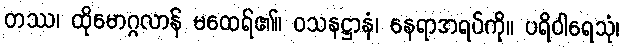
တဿ၊ ထိုမောဂ္ဂလာန် မထေရ်၏။ ဝသနဋ္ဌာနံ၊ နေရာအရပ်ကို။ ပရိဝါရေသုံ၊